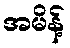
အမိန့်